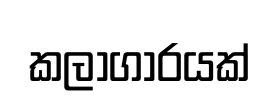
කලාගාරයක්